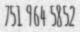
751 964 5852